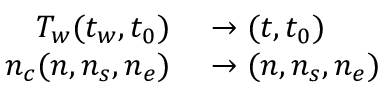
\begin{array} { r l } { T _ { w } ( t _ { w } , t _ { 0 } ) } & { { } \to ( t , t _ { 0 } ) } \\ { n _ { c } ( n , n _ { s } , n _ { e } ) } & { { } \to ( n , n _ { s } , n _ { e } ) } \end{array}